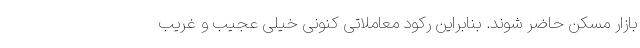
بازار مسکن حاضر شوند. بنابراین رکود معاملاتی کنونی خیلی عجیب و غریب